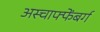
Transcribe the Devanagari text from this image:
अस्चाफ्फेंबर्ग